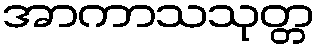
အာကာသသုတ္တ